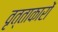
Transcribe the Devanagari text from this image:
वृत्ताकारों